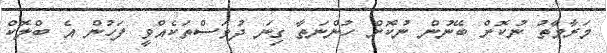
މަރާމާތު ނުކޮށް ބޭނުން ނުކޮށް ހުންނަތާ ގިނަ ދުވަސްތަކެއްވީ ފަހުން އެ ބްލޮކް